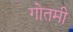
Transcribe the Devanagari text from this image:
गोतमी